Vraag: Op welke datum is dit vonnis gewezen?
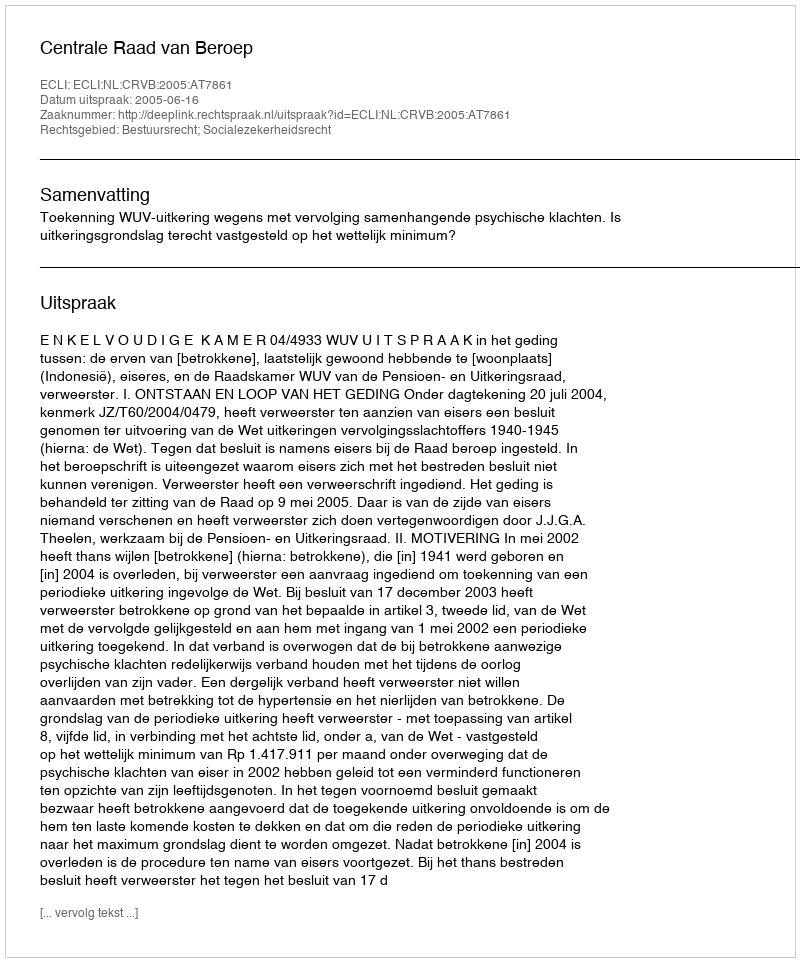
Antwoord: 2005-06-16